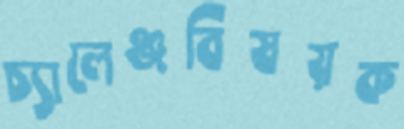
চ্যালেঞ্জবিষয়ক